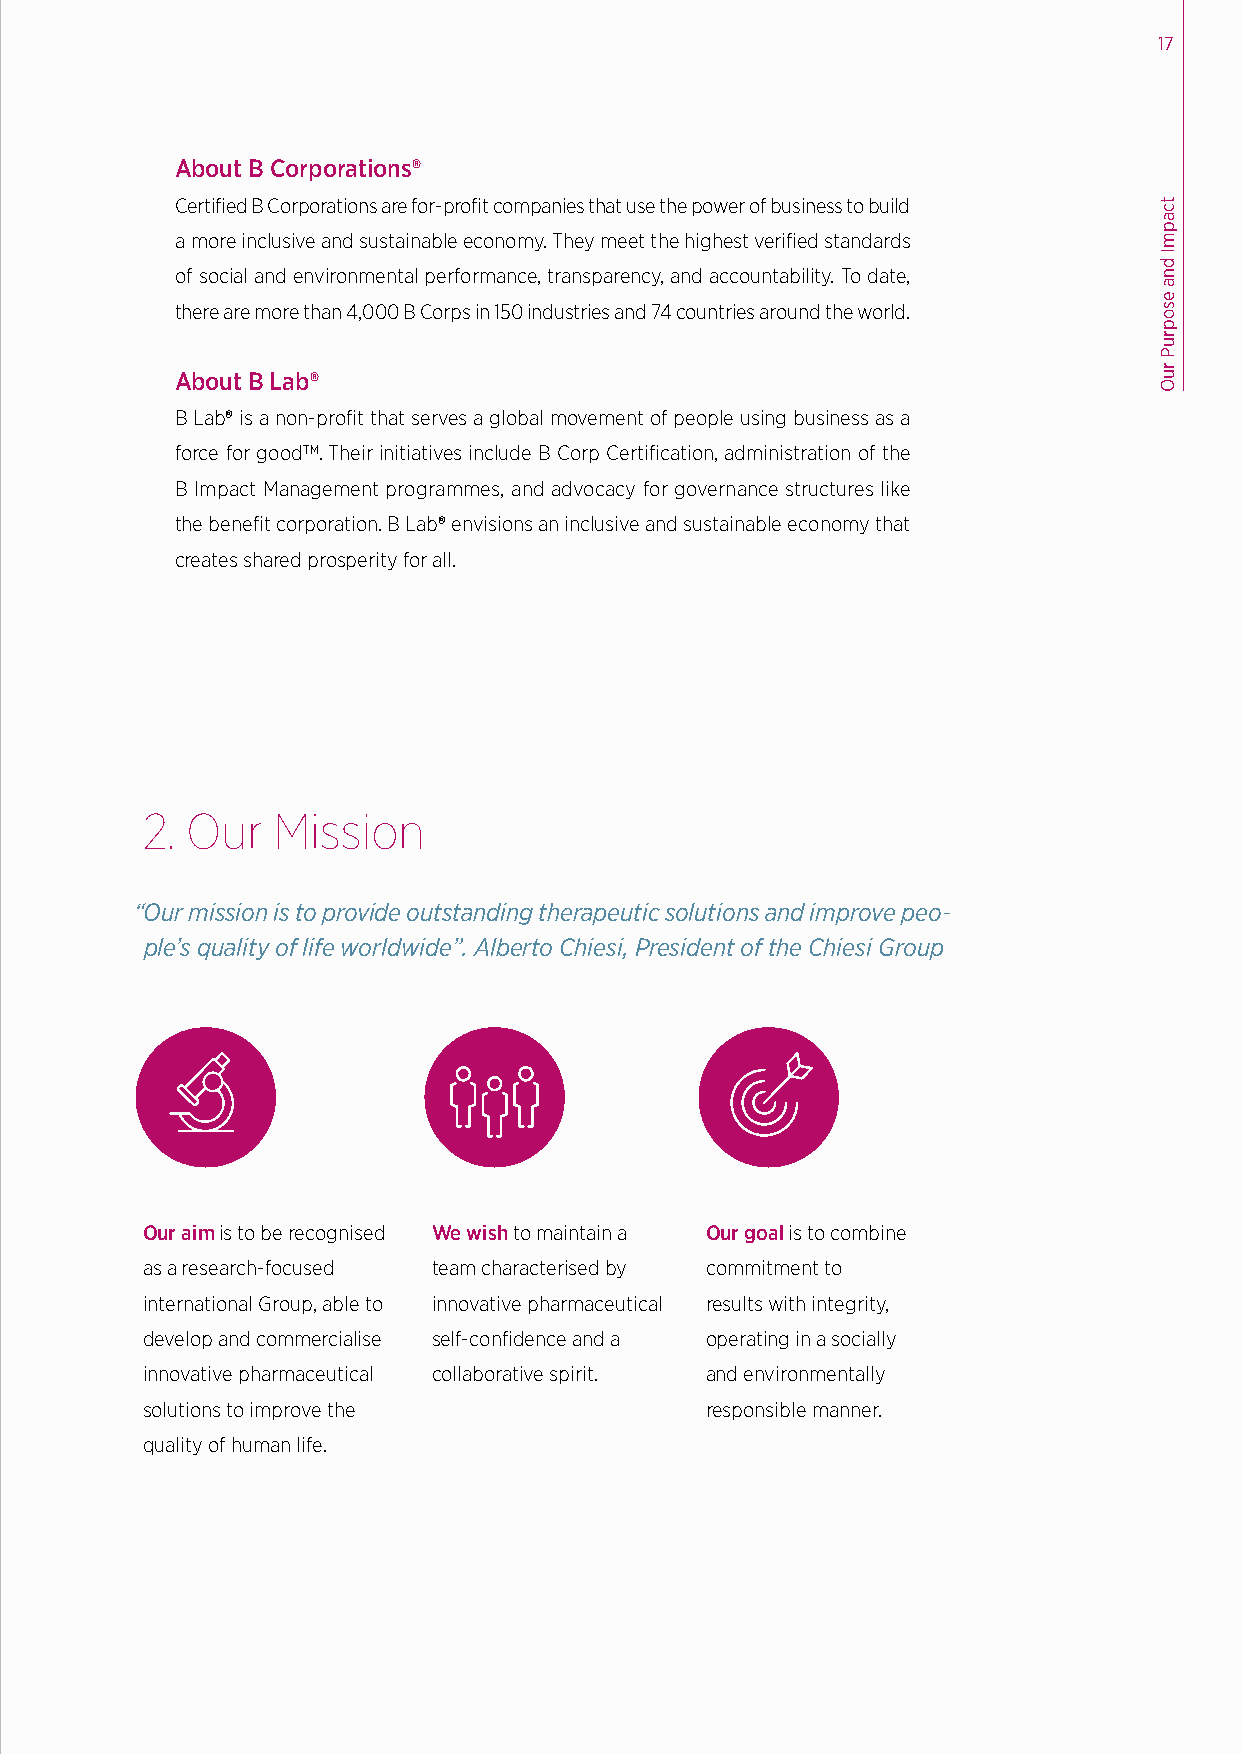
17
 About B Corporations®
 Certified B Corporations are for-profit companies that use the power of business to build
 a more inclusive and sustainable economy. They meet the highest verified standards
 of social and environmental performance, transparency, and accountability. To date,
 there are more than 4,000 B Corps in 150 industries and 74 countries around the world.
 About B Lab®
 B Lab® is a non-profit that serves a global movement of people using business as a
 force for goodTM. Their initiatives include B Corp Certification, administration of the
 B Impact Management programmes, and advocacy for governance structures like
 the benefit corporation. B Lab® envisions an inclusive and sustainable economy that
 creates shared prosperity for all.
 2. Our   Mission
 “Our mission is to provide outstanding therapeutic solutions and improve peo-
 ple’s quality of life worldwide”. Alberto Chiesi, President of the Chiesi Group
 Our aim is to be recognised We wish to maintain a Our goal is to combine
 as a research-focused team characterised by commitment to
 international Group, able to innovative pharmaceutical results with integrity,
 develop and commercialise self-confidence and a operating in a socially
 innovative pharmaceutical collaborative spirit. and environmentally
 solutions to improve the              responsible manner.
 quality of human life.
 tcapmI
 dna
 esopruP
 ruO